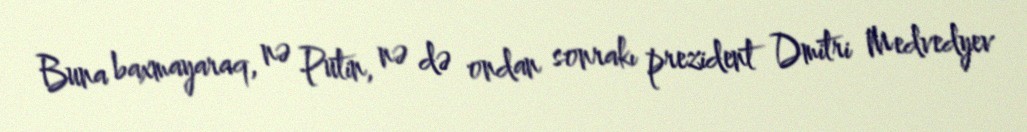
Buna baxmayaraq, nə Putin, nə də ondan sonrakı prezident Dmitri Medvedyev